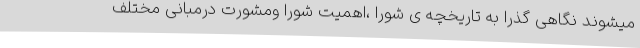
میشوند نگاهی گذرا به تاریخچه ی شورا ،اهمیت شورا ومشورت درمبانی مختلف